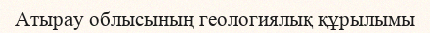
Атырау облысының геологиялық құрылымы